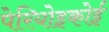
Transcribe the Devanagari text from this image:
पेरियोइकोई